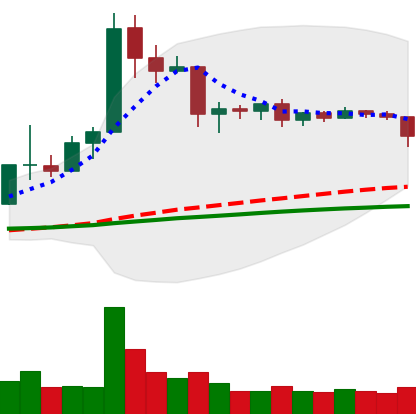
Ticker: ETC-USD
Chart end date: 2019-04-21
Forward return: -8.291%
Label: down_7plus